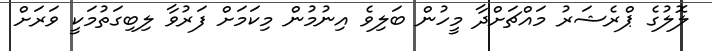
ލޮލުގެ ޕްރެޝަރު މައްޗަށްދާ މީހުން ބަލިވެ އިނުމުން މިކަމަށް ފަރުވާ ލިބިގަތުމަކީ ވަރަށް